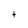
Character: t